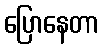
ပြောနေတာ